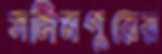
সলিমপুরের